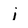
Character: i